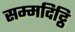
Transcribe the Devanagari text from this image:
सम्मदिट्ठि